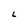
Character: L